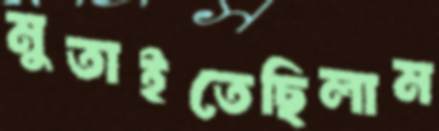
মুতাইতেছিলাম